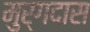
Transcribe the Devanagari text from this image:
मुर्गदास